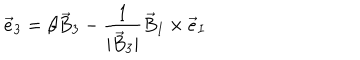
{ \vec { e } } _ { 3 } = \beta { \vec { B } } _ { 3 } - \frac { 1 } { | { \vec { B } } _ { 3 } | } { \vec { B } } _ { I } \times { \vec { e } } _ { I }